Annual report on the Civil Veterinary Department, Burma (including the Insein Veterinary School) - 1923-1931
Year: 1923
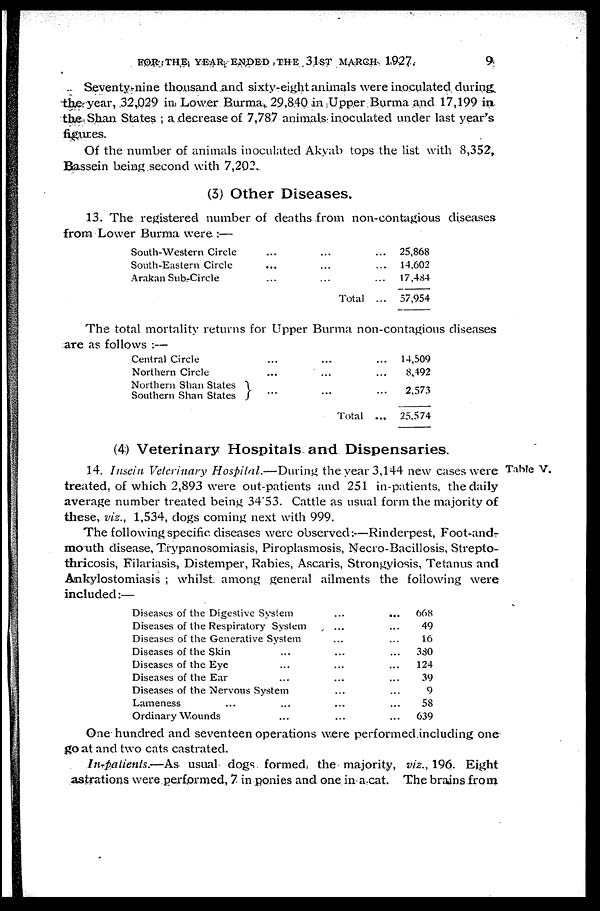
FOR THE YEAR ENDED THE 31ST MARCH 1927.
9
Seventy-nine thousand and sixty-eight animals were inoculated during
the year, 32,029 in Lower Burma, 29,840 in Upper Burma and 17,199 in
the Shan States ; a decrease of 7,787 animals inoculated under last year's
figures.
Of the number of animals inoculated Akyab lops the list with 8,352,
Bassein being second with 7,202.
(3) Other Diseases.
13. The registered number of deaths from non-contagious diseases
from Lower Burma were :—
South-Western Circle
South-Eastern Circle
Arakan Sub-Circle
...
...
...
...
...
...
Total
...
...
...
...
25,868
14,602
17,484
57,954
The total mortality returns for Upper Burma non-contagious diseases
are as follows :—
Central Circle
Northern Circle
Northern Shan States
Southern Shan States
...
...
...
...
...
...
Total
...
...
...
...
14,509
8,492
2,573
25,574
(4) Veterinary Hospitals and Dispensaries.
Table V.
14. Insein Veterinary Hospital.—During
the year 3,144 new cases were
treated, of which 2,893 were out-patients and 251 in-patients, the daily
average number treated being 34.53. Cattle as usual form the majority of
these, viz., 1,534, dogs coming next with 999.
The following specific diseases were observed:—Rinderpest, Foot-and-
mouth disease. Trypanosomiasis, Piroplasmosis, Necro-Bacillosis, Strepto-
thricosis, Filariasis, Distemper, Rabies, Ascaris, Strongylosis, Tetanus and
Ankylostomiasis ; whilst among general ailments the following were
included:—
Diseases of the Digestive System
Diseases of the Respiratory System
Diseases of the Generative System
Diseases of the Skin ...
Diseases of the Eye ...
Diseases of the Ear ...
Diseases of the Nervous System
Lameness ... ...
Ordinary Wounds ...
...
...
...
...
...
...
...
...
...
...
...
...
...
...
...
...
...
...
668
49
16
330
124
39
9
58
639
One hundred and seventeen operations were performed including one
goat and two cats castrated.
In-patients.—As
usual dogs formed the majority, viz., 196. Eight
astrations were performed, 7 in ponies and one in a cat. The brains from